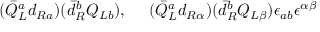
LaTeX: ( \bar { Q } _ { L } ^ { a } d _ { R a } ) ( \bar { d } _ { R } ^ { b } Q _ { L b } ) , ~ ~ ~ ~ ( \bar { Q } _ { L } ^ { a } d _ { R \alpha } ) ( \bar { d } _ { R } ^ { b } Q _ { L \beta } ) \epsilon _ { a b } \epsilon ^ { \alpha \beta }